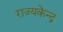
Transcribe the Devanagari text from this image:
राज्यकेन्द्र